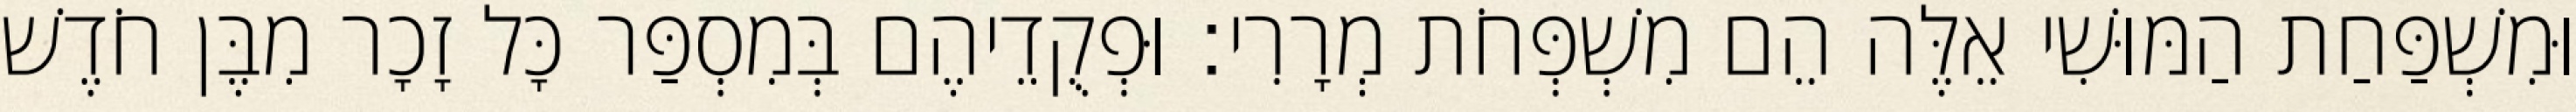
וּמִשְׁפַּחַת הַמּוּשִׁי אֵלֶּה הֵם מִשְׁפְּחֹת מְרָרִי׃ וּפְקֻדֵיהֶם בְּמִסְפַּר כָּל זָכָר מִבֶּן חֹדֶשׁ